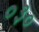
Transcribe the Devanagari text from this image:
०३०